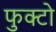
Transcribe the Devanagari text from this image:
फुक्टो